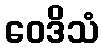
ဝေဒိသံ